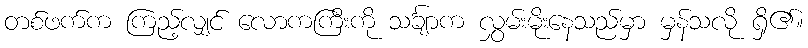
တစ်ဖက်က ကြည့်လျှင် လောကကြီးကို သင်္ချာက လွှမ်းမိုးနေသည်မှာ မှန်သလို ရှိ၏။